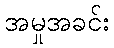
အမှုအခင်း